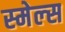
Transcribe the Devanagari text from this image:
स्‍मेल्‍स